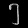
Digit: ၅